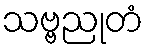
သဗ္ဗညုတံ